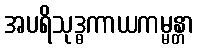
အပရိသုဒ္ဓကာယကမ္မန္တာ